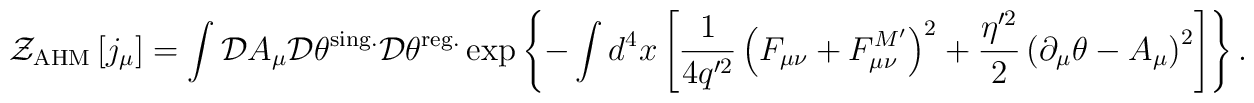
{\cal Z}_{\rm AHM}\left[j_\mu\right]=\int {\cal D}A_\mu {\cal D}\theta^{\rm sing.}{\cal D}\theta^{\rm reg.}\exp\left\{-\int d^4x\left[\frac{1}{4q'^2}\left(F_{\mu\nu}+F_{\mu\nu}^{M'}\right)^2+\frac{\eta'^2}{2}\left(\partial_\mu\theta-A_\mu\right)^2\right]\right\}.